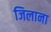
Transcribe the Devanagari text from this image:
जिलाना